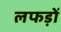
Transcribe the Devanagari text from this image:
लफड़ों